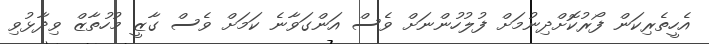
އެހީތެރިކަން ފޯރުކޮށްދިނުމަށް ފުލުހުންނަށް ވެސް އަންގަވާނެ ކަމަށް ވެސް ގާޒީ މުހުތާޒް ވިދާޅުވި